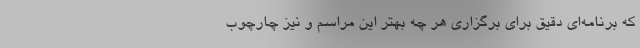
که برنامه‌ای دقیق برای برگزاری هر چه بهتر این مراسم و نیز چارچوب